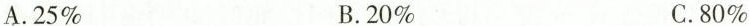
A.25\% B.20\% C.80\%